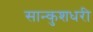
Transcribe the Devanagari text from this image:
सान्कुशधरी